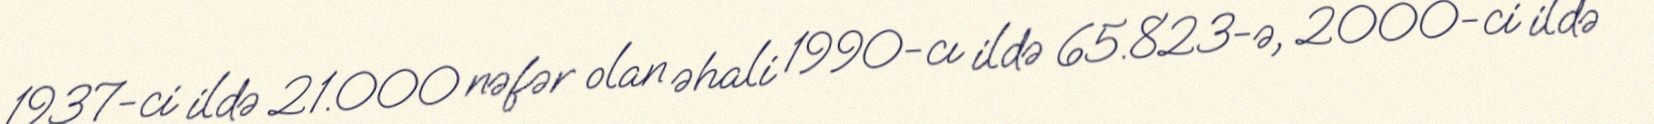
1937-ci ildə 21.000 nəfər olan əhali 1990-cı ildə 65.823-ə, 2000-ci ildə